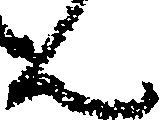
ん